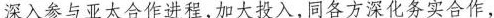
深入参与亚太合作进程，加大投入，同各方深化务实合作，